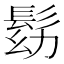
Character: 𩬗